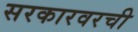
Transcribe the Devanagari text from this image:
सरकारवरची